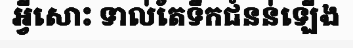
អ្វីសោះ ទាល់តែទឹកជំនន់ឡើង